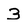
Character: 3